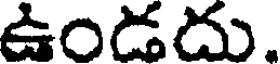
ఉండదు.